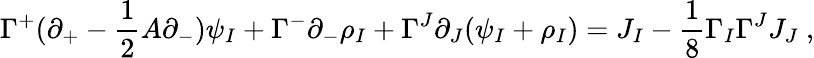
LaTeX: \Gamma^{+}(\partial_{+}-\frac{1}{2}A\partial_{-})\psi_{I}+\Gamma^{-}\partial_{-}\rho_{I}+\Gamma^{J}\partial_{J}(\psi_{I}+\rho_{I})=J_{I}-\frac{1}{8}\Gamma_{I}\Gamma^{J}J_{J}~,